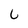
Character: 6